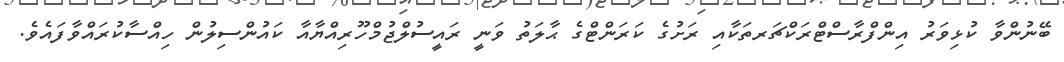
ބޭނުންވާ ކުޅިވަރު އިންފްރާސްޓްރަކްޗަރތަކާއި ރަށުގެ ކަރަންޓްގެ ޙާލަތު ވަނީ ރައީސުލްޖުމްހޫރިއްޔާއާ ކައުންސިލުން ހިއްސާކުރައްވާފައެވެ.